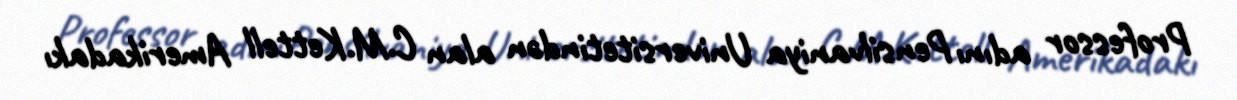
Professor adını Pensilvaniya Universitetindən alan C.M.Kettell Amerikadakı